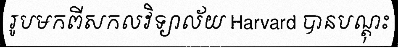
រូបមកពីសកលវិទ្យាល័យ Harvard បានបណ្តុះ